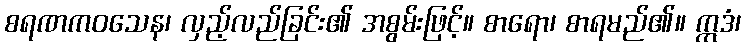
စရဏကဝသေန၊ လှည့်လည်ခြင်း၏ အစွမ်းဖြင့်။ စာရော၊ စာရမည်၏။ ဣဒံ၊